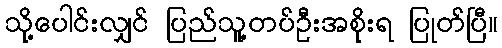
သို့ပေါင်းလျှင် ပြည်သူ့တပ်ဦးအစိုးရ ပြုတ်ပြီ။